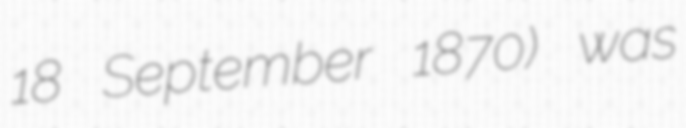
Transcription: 18 September 1870) was